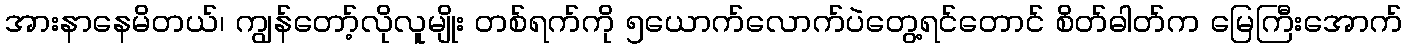
အားနာနေမိတယ်၊ ကျွန်တော့်လိုလူမျိုး တစ်ရက်ကို ၅ယောက်လောက်ပဲတွေ့ရင်တောင် စိတ်ဓါတ်က မြေကြီးအောက်